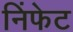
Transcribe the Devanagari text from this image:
निंफेट